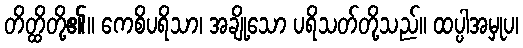
တိတ္ထိတို့၏။ ကေစိပရိသာ၊ အချို့သော ပရိသတ်တို့သည်။ ထပ္ပါအမှုပ၊